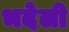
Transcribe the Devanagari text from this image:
भदेली